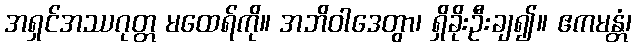
အရှင်အဿဂုတ္တ မထေရ်ကို။ အဘိဝါဒေတွာ၊ ရှိခိုးဦးချ၍။ ဧကမန္တံ၊